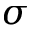
\sigma